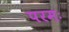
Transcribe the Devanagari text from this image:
परमः